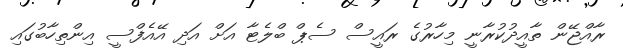
ރާއްޖޭން ތާއީދުކުރާނީ މިހާރުގެ ރައީސް ސެޕް ބްލެޓާ އަށް އަދި އޭއެފްސީ އިންތިހާބުގައި